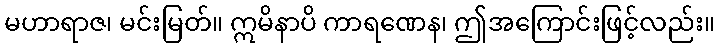
မဟာရာဇ၊ မင်းမြတ်။ ဣမိနာပိ ကာရဏေန၊ ဤအကြောင်းဖြင့်လည်း။